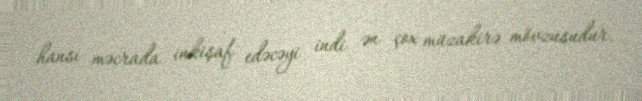
hansı məcrada inkişaf edəcəyi indi ən çox müzakirə mövzusudur.